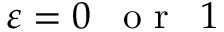
\varepsilon = 0 \enspace \mathrm { ~ o ~ r ~ } \enspace 1